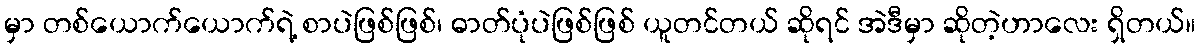
မှာ တစ်ယောက်ယောက်ရဲ့ စာပဲဖြစ်ဖြစ်၊ ဓာတ်ပုံပဲဖြစ်ဖြစ် ယူတင်တယ် ဆိုရင် အဲဒီမှာ ဆိုတဲ့ဟာလေး ရှိတယ်။